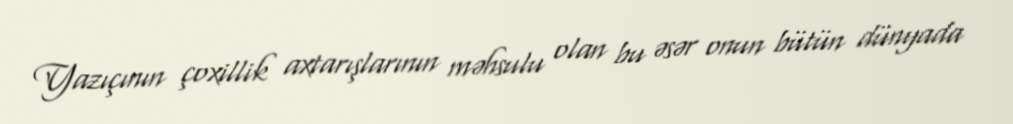
Yazıçının çoxillik axtarışlarının məhsulu olan bu əsər onun bütün dünyada